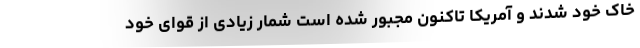
خاک خود شدند و آمریکا تاکنون مجبور شده است شمار زیادی از قوای خود